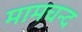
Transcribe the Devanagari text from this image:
मामचन्द